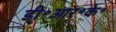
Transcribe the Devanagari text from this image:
डी॰आर॰के॰